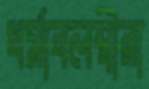
ধর্মাবলম্বীরা